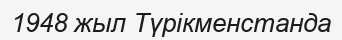
1948 жыл Түрікменстанда